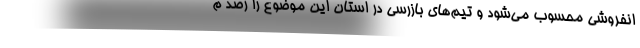
انفروشی محسوب می‌شود و تیم‌های بازرسی در استان این موضوع را رصد م